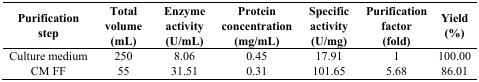
<table><thead><tr><td><b>Purification step</b></td><td><b>Total volume (mL)</b></td><td><b>Enzyme activity (U/mL)</b></td><td><b>Protein concentration (mg/mL)</b></td><td><b>Specific activity (U/mg)</b></td><td><b>Purification factor (fold)</b></td><td><b>Yield (%)</b></td></tr></thead><tbody><tr><td>Culture medium</td><td>250</td><td>8.06</td><td>0.45</td><td>17.91</td><td>1</td><td>100.00</td></tr><tr><td>CM FF</td><td>55</td><td>31.51</td><td>0.31</td><td>101.65</td><td>5.68</td><td>86.01</td></tr></tbody></table>